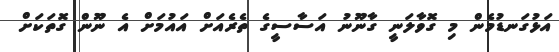
އަޅުގަނޑުމެން މި ގޮވާލަނީ ގާނޫނު އަސާސީގެ ތެރެއަށް އައުމަށް އެ ނޫން ގޮތަކަށް